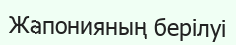
Жапонияның берілуі